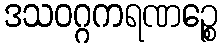
ဒသဝဂ္ဂကရဏဉ္စေ